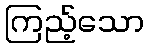
ကြည့်သော